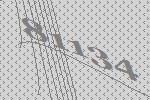
81134